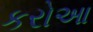
કરોઆ